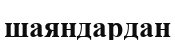
шаяндардан